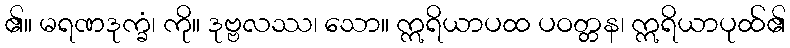
၏။ မရဏဒုက္ခံ၊ ကို။ ဒုဗ္ဗလဿ၊ သော။ ဣရိယာပထ ပဝတ္တန၊ ဣရိယာပုထ်၏